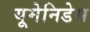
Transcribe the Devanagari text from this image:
यूमेनिडेस